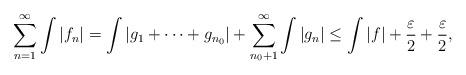
LaTeX: \begin{align*}\sum_{n=1}^{\infty}\int |f_n|=\int |g_1+\cdots +g_{n_0}|+\sum_{n_0+1}^{\infty}\int |g_n|\leq \int |f|+\frac{\varepsilon}{2}+\frac{\varepsilon}{2},\end{align*}